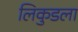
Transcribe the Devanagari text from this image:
लिकुडला